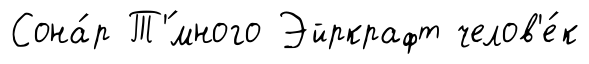
Сона́р Т'́много Эйркрафт челов'е́к